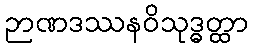
ဉာဏဒဿနဝိသုဒ္ဓတ္ထာ